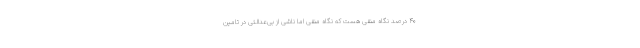
۴۰ درصد نگاه منفی هست که نگاه منفی اما ناشی از بی‌عدالتی در تامین